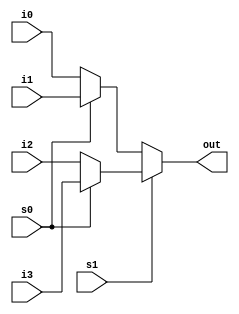
module mux4_to_1(i0,i1,i2,i3,s0,s1,out);
	input i0,i1,i2,i3,s0,s1;
	output out;

	// assign out = (s0 & s1 & i3) |
	// 		(~s0 & s1 & i2) |
	// 		(s0 & ~s1 & i1) | 
	// 		(~s0 & ~s1 & i0);
	assign out = s1 ? (s0 ? i3 : i2) : (s0 ? i1 : i0);

endmodule

module stimulus;

	reg DUMMY;
	reg [3:0] I;
	reg [1:0] S;
	wire OUT;
	mux4_to_1 m1(I[0],I[1],I[2],I[3],S[0],S[1],OUT);

	initial	
	begin
		$dumpfile("simulation.vcd");
		$dumpvars(DUMMY,I,S,OUT);
	end

	initial
	begin
		I = 4'b1100;
		S = 2'd0;
	end

	always
		#1 S[0] = ~ S[0];

	always 
		#2 S[1] = ~ S[1];

	initial
		#4 $finish;
endmodule